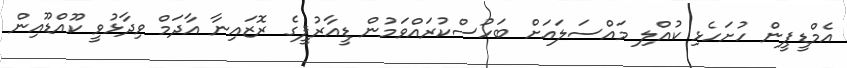
އެމްޑީޕީން ހުށަހެޅި ކުއްލި މައްސަލައަށް ބަހުސްކުރައްވަމުން ޑީއާރުޕީގެ ރޮޒައިނާ އާދަމް ވިދާޅުވީ ކޫއްޑޫއިން